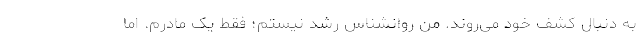
به دنبال کشف خود می‌روند. من روانشناس رشد نیستم؛ فقط یک مادرم. اما